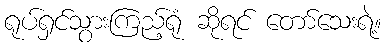
ရုပ်ရှင်သွားကြည့်ရုံ ဆိုရင် တော်သေးရဲ့။